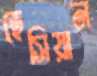
হেসিয়ান